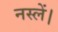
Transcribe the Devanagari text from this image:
नस्लें।